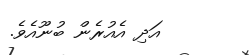
އަދި އެއުރެން ބުނޫއެވެ.